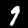
Digit: 9